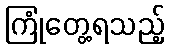
ကြုံတွေ့ရသည့်